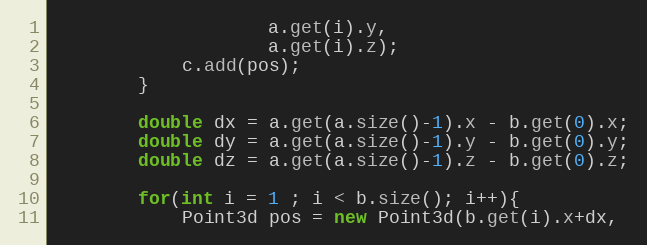
Language: Java
					a.get(i).y,
					a.get(i).z);
			c.add(pos);
		}

		double dx = a.get(a.size()-1).x - b.get(0).x;
		double dy = a.get(a.size()-1).y - b.get(0).y;
		double dz = a.get(a.size()-1).z - b.get(0).z;

		for(int i = 1 ; i < b.size(); i++){
			Point3d pos = new Point3d(b.get(i).x+dx,